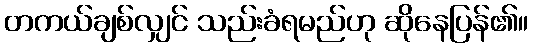
တကယ်ချစ်လျှင် သည်းခံရမည်ဟု ဆိုနေပြန်၏။